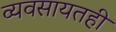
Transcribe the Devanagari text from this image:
व्यवसायतही